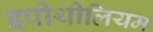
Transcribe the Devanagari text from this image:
इपीथीलियम